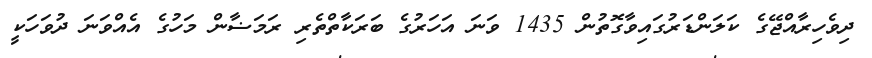
ދިވެހިރާއްޖޭގެ ކަލަންޑަރުގައިވާގޮތުން 1435 ވަނަ އަހަރުގެ ބަރަކާތްތެރި ރަމަޟާން މަހުގެ އެއްވަނަ ދުވަހަކީ